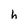
Character: h